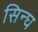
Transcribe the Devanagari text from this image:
सिन्घ